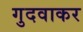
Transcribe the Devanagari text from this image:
गुदवाकर